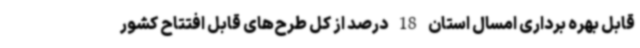
قابل بهره برداری امسال استان 18 درصد از کل طرح‌های قابل افتتاح کشور